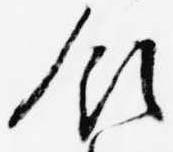
領